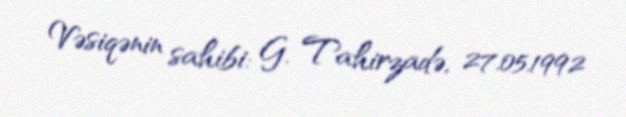
Vəsiqənin sahibi: G. Tahirzadə, 27.05.1992